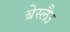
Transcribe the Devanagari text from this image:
ब्रेस्लैउ